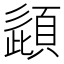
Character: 頿